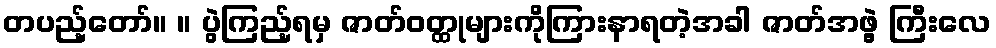
တပည့်တော်။ ။ ပွဲကြည့်ရမှ ဇာတ်ဝတ္ထုများကိုကြားနာရတဲ့အခါ ဇာတ်အဖွဲ့ ကြီးလေ